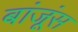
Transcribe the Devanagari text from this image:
बांजूंस